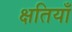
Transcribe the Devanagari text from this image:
क्षतियाँ